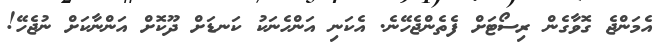
އެމަންޖެ ގޮވާގެން ރިސޯޓަށް ފެތެންޖެހޭނެ. އެކަނި އަންހެނަކު ކަނޑަށް ދޫކޮށް އަންނާކަށް ނުޖެހޭ!